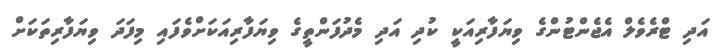
އަދި ޓްރެވެލް އެޖެންޓުންގެ ވިޔަފާރިއަކީ ކުދި އަދި މެދުފަންތީގެ ވިޔަފާރިއަކަށްވެފައި މިފަދަ ވިޔަފާރިތަކަށް